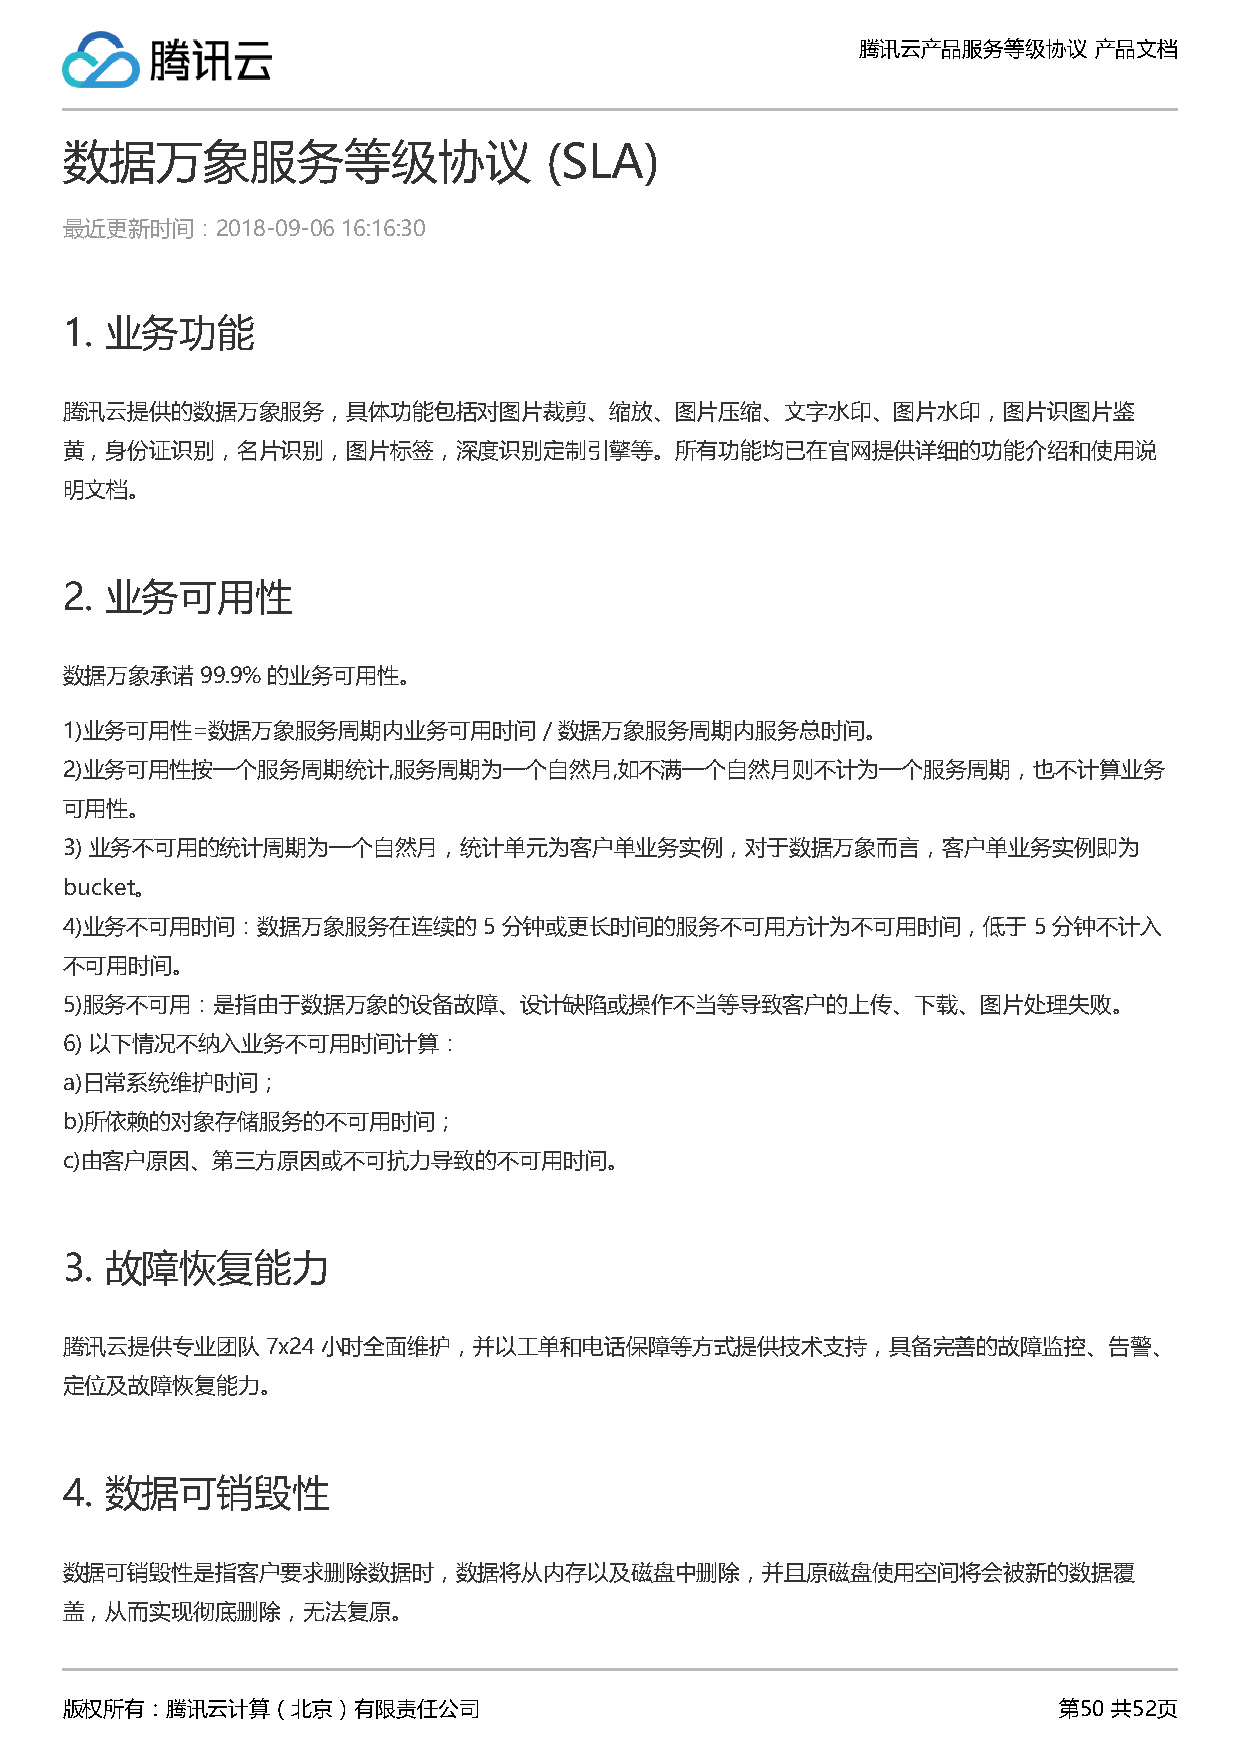
腾讯云产品服务等级协议    产品文档
 数据万象服务等级协议                      (SLA)
 最近更新时间：2018-09-06  16:16:30
 1. 业务功能
 腾讯云提供的数据万象服务，具体功能包括对图片裁剪、缩放、图片压缩、文字水印、图片水印，图片识图片鉴
 黄，身份证识别，名片识别，图片标签，深度识别定制引擎等。所有功能均已在官网提供详细的功能介绍和使用说
 明文档。
 2. 业务可用性
 数据万象承诺   99.9% 的业务可用性。
 1)业务可用性=数据万象服务周期内业务可用时间         / 数据万象服务周期内服务总时间。
 2)业务可用性按一个服务周期统计,服务周期为一个自然月,如不满一个自然月则不计为一个服务周期，也不计算业务
 可用性。
 3) 业务不可用的统计周期为一个自然月，统计单元为客户单业务实例，对于数据万象而言，客户单业务实例即为
 bucket。
 4)业务不可用时间：数据万象服务在连续的        5 分钟或更长时间的服务不可用方计为不可用时间，低于          5 分钟不计入
 不可用时间。
 5)服务不可用：是指由于数据万象的设备故障、设计缺陷或操作不当等导致客户的上传、下载、图片处理失败。
 6) 以下情况不纳入业务不可用时间计算：
 a)日常系统维护时间；
 b)所依赖的对象存储服务的不可用时间；
 c)由客户原因、第三方原因或不可抗力导致的不可用时间。
 3. 故障恢复能力
 腾讯云提供专业团队     7x24 小时全面维护，并以工单和电话保障等方式提供技术支持，具备完善的故障监控、告警、
 定位及故障恢复能力。
 4. 数据可销毁性
 数据可销毁性是指客户要求删除数据时，数据将从内存以及磁盘中删除，并且原磁盘使用空间将会被新的数据覆
 盖，从而实现彻底删除，无法复原。
 版权所有：腾讯云计算（北京）有限责任公司                                              第50 共52页